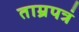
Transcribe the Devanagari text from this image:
ताम्रपत्रं